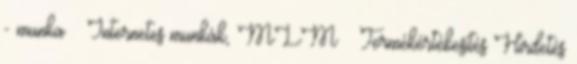
- munka » Internetes munkák, MLM » Termékértékesítés Hirdetés